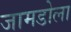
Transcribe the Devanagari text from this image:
जामडोला